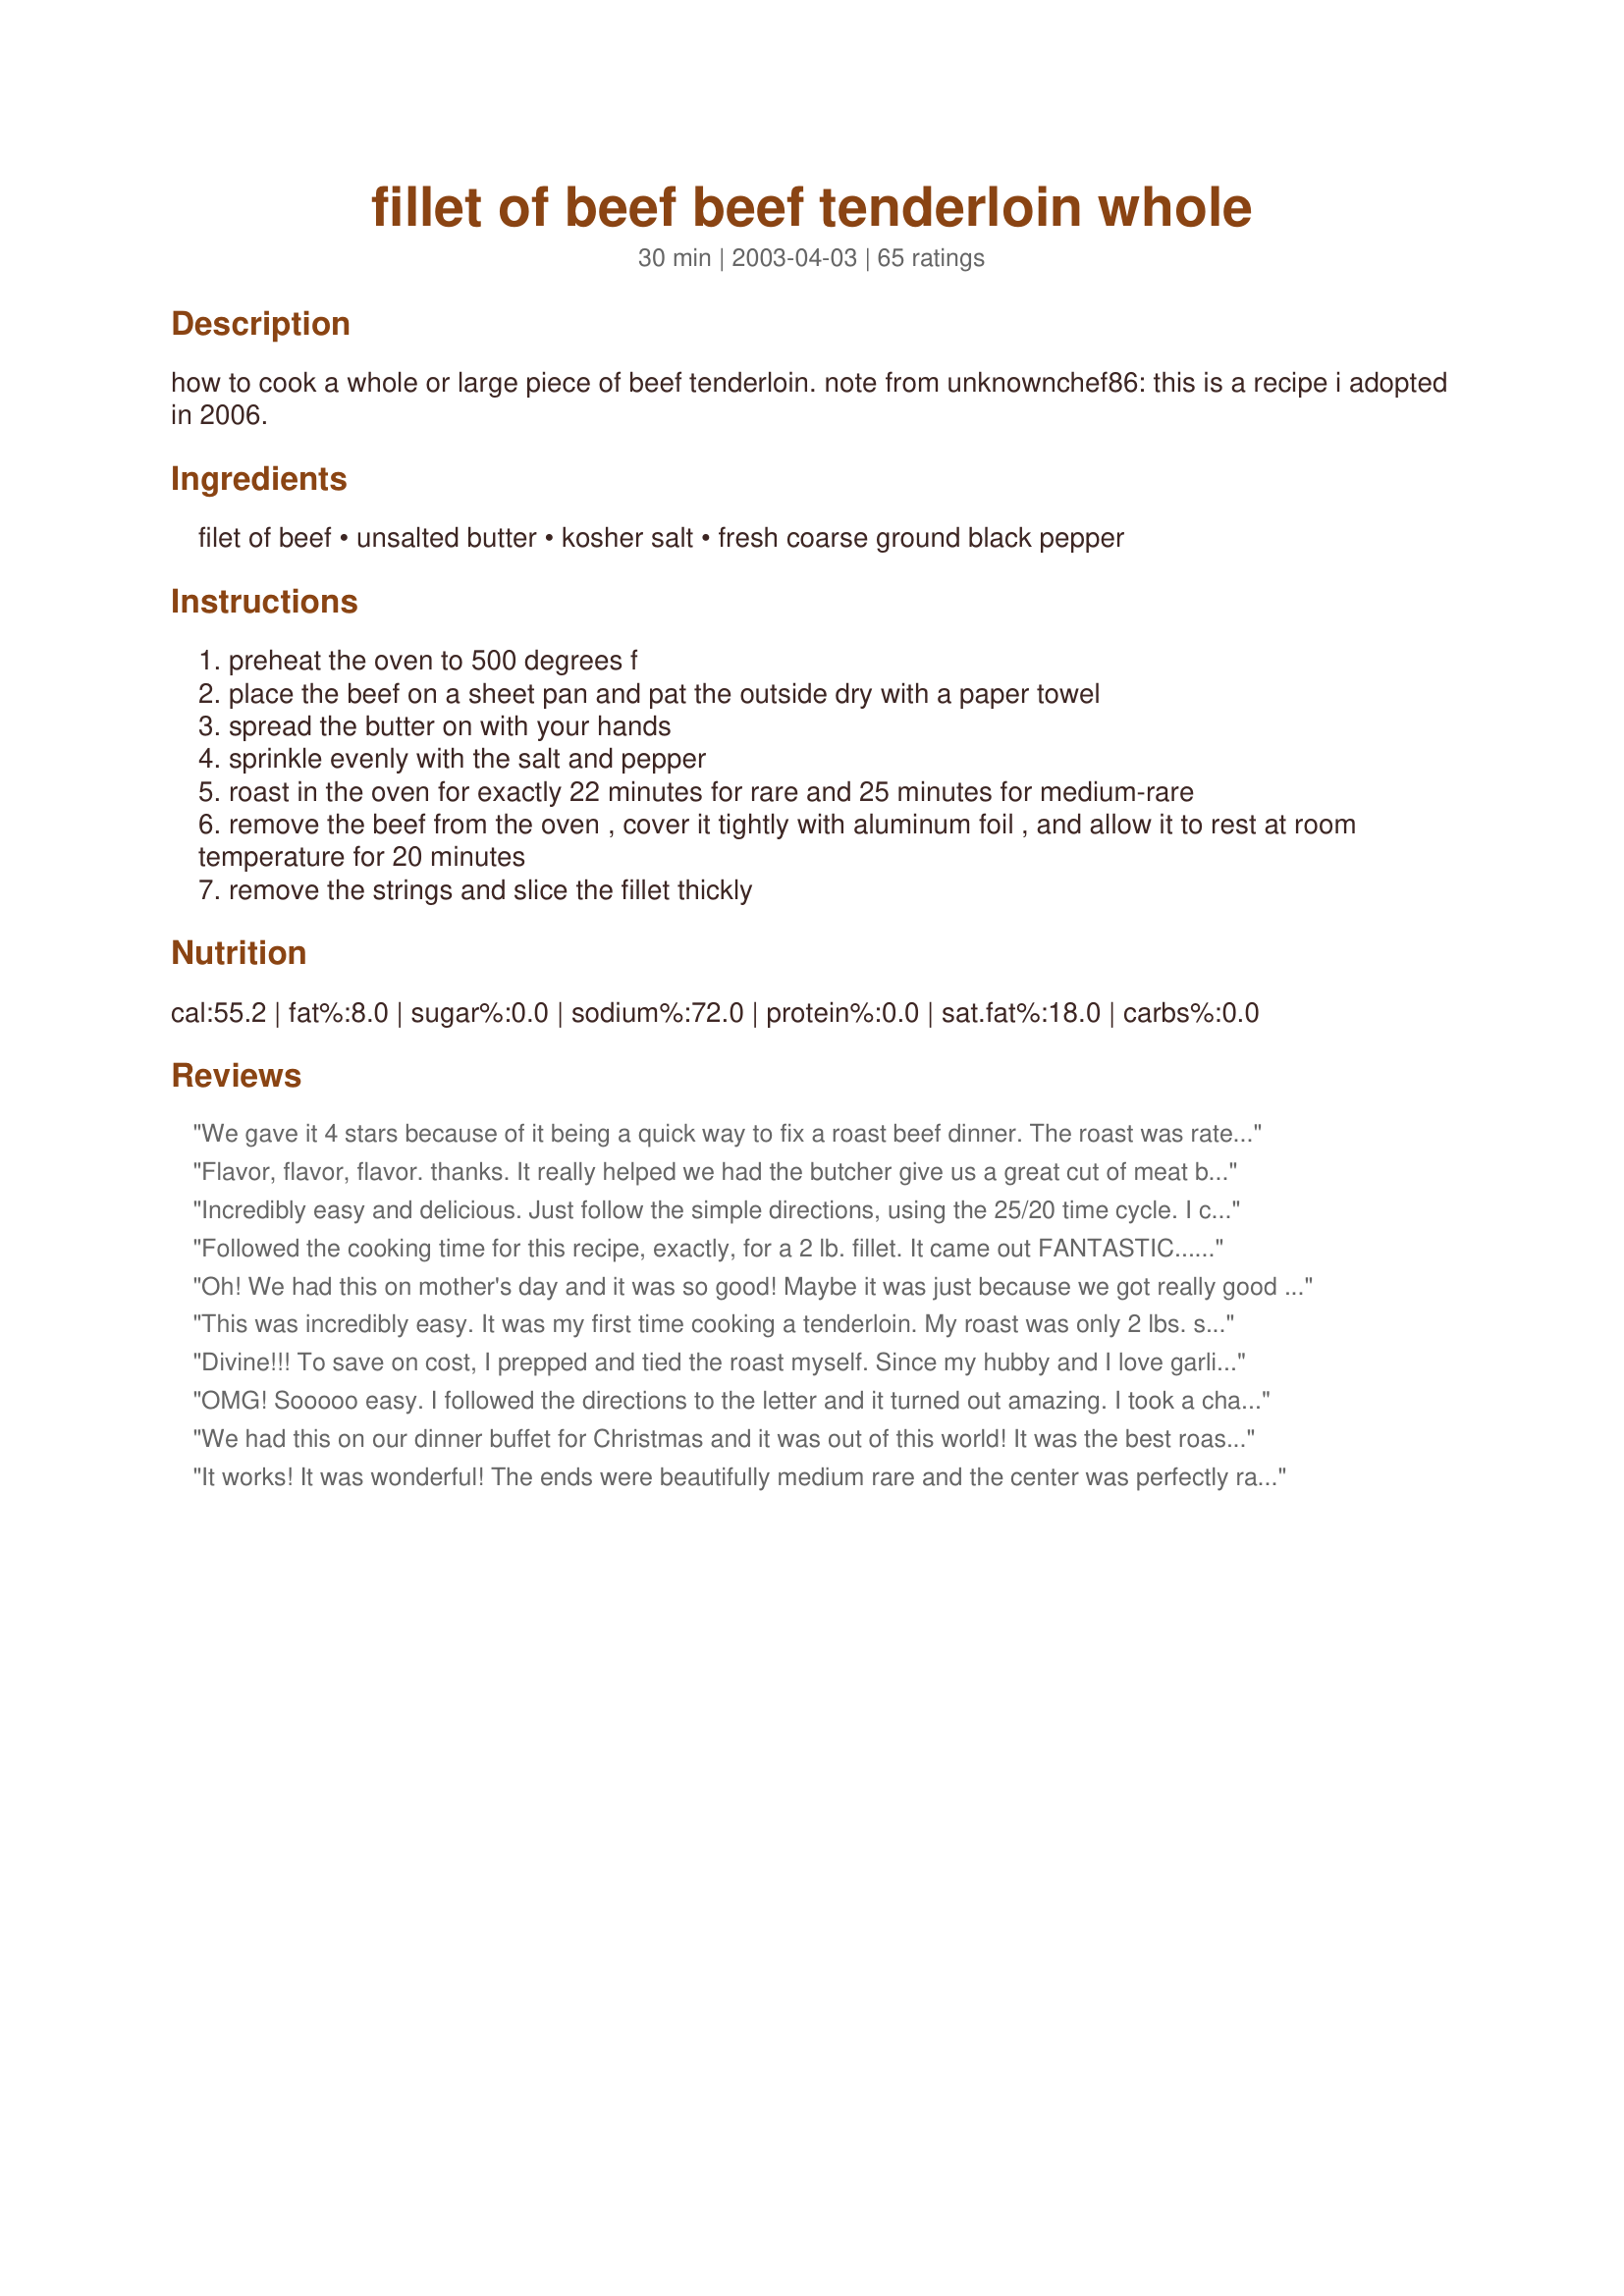
fillet of beef beef tenderloin whole
Preparation time: 30 minutes

how to cook a whole or large piece of beef tenderloin. note from unknownchef86: this is a recipe i adopted in 2006.

Ingredients:
filet of beef, unsalted butter, kosher salt, fresh coarse ground black pepper

Steps:
preheat the oven to 500 degrees f
place the beef on a sheet pan and pat the outside dry with a paper towel
spread the butter on with your hands
sprinkle evenly with the salt and pepper
roast in the oven for exactly 22 minutes for rare and 25 minutes for medium-rare
remove the beef from the oven , cover it tightly with aluminum foil , and allow it to rest at room temperature for 20 minutes
remove the strings and slice the fillet thickly

Reviews:
We gave it 4 stars because of it being a quick way to fix a roast beef dinner. The roast was rated 3 stars for tenderness. Your cooking times listed of 22 minutes did give us a rare roast beef. We feel that slow cooking is still the best way to go, but if you need a speedy roast beef dinner, then this is the right recipe.
Flavor, flavor, flavor. thanks. It really helped we had the butcher give us a great cut of meat but such a simple rub and it really highlighted the meat rather than take from it. We cooked our meat about another 20 minutes longer for medium and our daughter insists on well done meat so once sliced we put her two pieces on the BBQ for a quick rapid grill and it tasted even better.
Thanks Mean Chef.
Incredibly easy and delicious. Just follow the simple directions, using the 25/20 time cycle. I cooked an 8 pounder, and it was perfect. I did, however, use regular, salted butter and added a few cloves of garlic.Note-it is imperitive that the fillet be at room temp. before you put it in the oven, or the time cycle will be off and you'll end up with overly rare meat!! If you don't have faith in what you're doing, take the meat out when it reaches 117 degrees F. Lary Fusco Brandon, Vermont
Followed the cooking time for this recipe, exactly, for a 2 lb. fillet. It came out FANTASTIC........ I also covered it with 2 garlic cloves that I put in the garlic press and combined it with the butter, then spread it all over, topped it off with the fresh ground pepper/salt..OMG.....

Thank you so much Mean Chef for sharing this wonderful recipe, it really added a perfect finish for Christmas day. You're not Mean, your "TERRIFIC."
Oh! We had this on mother's day and it was so good! Maybe it was just because we got really good meat (very tender- perfect) or because the recipe is so good! It is so simple. Simplicity has its way with recipes sometimes...its crazy! Well, thank you for posting-I hope that I get to have this treat again soon!
This was incredibly easy. It was my first time cooking a tenderloin. My roast was only 2 lbs. so I was worried about over cooking it. We all like our meat medium-rare. At 22 min. it temped at only 100 degrees and I thought about cooking for the other 3 min. but then went ahead and wrapped in foil for the other 20 min. While it was resting, I popped my twice baked potatoes and asparagus for roasting in the oven, and finished the blender bernaise sauce. After 20 min. it temped at 120. When I sliced it, it was perfectly med-rare, except for the very center slice was more rare. I figured I could always cook it more if I had too. When it cost that much you hate to ruin it by over cooking. We had a very special dinner, thanks to your easy recipe. I recommend this to anyone with an oven!! Thanks!!!
Divine!!! To save on cost, I prepped and tied the roast myself. Since my hubby and I love garlic, I marinated the beef overnight with some garlic cloves tucked into slits cut along each side. Your instructions are right on, and the house smelled like a steakhouse (it just about drove my dog nuts)! I was so tired of preparing tenderloins that were chewy and tasteless. This took care of it, and will be the ONLY way I prepare beef tenderloin in the future!
OMG! Sooooo easy. I followed the directions to the letter and it turned out amazing. I took a chance and made this for a formal dinner party for 14 and everyone loved it. I ended up giving the recipe to all of them! Thank you for making my party a huge success!!!
We had this on our dinner buffet for Christmas and it was out of this world! It was the best roast beef I have ever had! It was so tender and just melted in your mouth. It had just the perfect amount of pink. Everyone raved! We served it with horseradish sauce. Thanks for a wonderful recipe! It made the buffet something special. Thanks for a great and impressive recipe. :)
It works! It was wonderful! The ends were beautifully medium rare and the center was perfectly rare. I love easy, yet GOOD recipes. This right at the top of my list.
Great recipe. Very Easy. I used a 3 lb tenderloin for 25 minutes. A bit rare for me but everyone else thought it was wonderful.
Also crushed tri-color peppercorns for the pepper. Super.
Thanks for a special recipe and a wonderful dinner, UnknownChef86.
Purdyman
I liberally sprinkled a 7 lb fillet roast with McCormicks Montreal Steak seasoning 24 hours before cooking. 1 left it in wrapped in my refridgerato flipping it after 12 hours. I doused it with olive oil and then roasted it at 425 in a convection oven for 35 min on a very shallow rimmed cookie sheet. I then pulled it out, wrapped it in foil and waited another 40 min for my carrots and potatoes (that went in at the same time) to finish roasting and for late guests to arrive. The roast was perfect, for a crowd, well done at the narrow end (I had two guests that like well done meet) medium and then medium rare as the roast grew thicker. I cut thick slices. This is an easy, impressive, crowd pleaser.
I've made this three times now and it's perfect every time! All I changed was adding &frac12; tsp. ground rosemary.
This turned out perfect! I've never been very good at figuring how to cook tenderloin properly. Followed directions exactly but I too added some crushed garlic. Thanks!
I followed this recipe exact and after the 28 minute cook time along with 20 minutes rest meat this was completely raw! I ended up putting back in the oven and it took about 3 times longer than suggested
We made this for Christmas dinner - I have no idea how anyone gets the tenderloin done. We roasted a four pound tenderloin for 25 minutes at 500 degrees, tightly rapped with foil and rested for 20 minutes. It was raw inside. It took an additional 40 minutes after all that to get the meat to medium rare. It was finally delicious, but what am I missing on this recipe? My oven thermometer confirmed the temp was correct.
Perfection! We cooked our 5lb beef tenderloin for 25 minutes and it came out looking just like Laryofvt's posted photo - - I would say a perfect medium-rare. We also let the roast rest on the counter for about 2 hours to get it to room temperature before cooking, as Laryofvt had suggested. One last note, this did come out a hair on the rare side for some of our guests (not us, we thought it was perfect). However, next year, we're going to do 2 tenderloins and take ours out after the 25 minute mark and take the other one out at the 30 minute mark. This is now my go-to Christmas dinner recipe!
No other word but "perfect" to describe this!! Used a 2 1/2 pound tenderloin but still used the same cooking times. Like most reviewers I added fresh garlic but that was all I did differently. A tenderloin is not a cheap indulgence and this recipe takes all the worry out of spending that extra cash. Thanks!!!!
Delicious! I made this for Christmas Day and it was devine. Thank you for sharing this great and easy recipe!
Perfect! I used sea salt instead of kosher, and added two cloves of garlic (put through the garlic press) to the rub. The rave reviews made me feel like a Christmas Eve Dinner rockstar! Thanks for the great recipe!
I made this today for our Christmas dinner with my party potatoes & brocolli, what a feast!<br/>Never made a whole tenderloin before & followed directions to a T. I was afraid it was going to be too rare for us because I like mine just pink, the ends were well enough done for my husband who likes his meat well done. I almost left it in for another 5 minutes but didn't want to ruin a almost $70 piece of meat. This way the leftovers can be warmed up without being over done. All I can say is perfect, tender & juicy!!! A meal for a King & Queen.
I don't know why I've not rated this earler! We've used this recipe with our own little twist several times. Into the softened butter, we add a few handfuls of crushed garlic, a bit of finely minced rosemary and fine minced thyme. Salt and pepper after trimming and before the butter. Follow cooking directions as written and it's perfect. Thank you for posting this. It's really easy and comes out perfectly every time.
perfect! this is the easiest way to cook a rare tenderloin. i followed the recipe exactly and roasted our 5 pound tenderloin for 25 minutes and let it rest for 20 minutes. it was cooked to perfection...pink and juicy. thank you for the recipe.
Pretty Damm good! Be sure to know how your oven cooks as far as temperature goes; I set my at 510F because I know it is under a few degrees from past use. I am sure you&#039;ll like it!
How much do you purchase per person when buying whole beef tenderloin?
Oh My Goodness that was so good. The only thing different that I did was used Sea Salt instead of kosher Salt. My company and family loved it! Thank You so very much for this recipe, it will be made again : )
This was a very delicious tenderloin. I cooked it exactly as instructed except for adding some garlic to the butter. I did a 2 1/2 lb tenderloin. It was perfectly medium rare, tender and juicy; not to mention, EASY!
Thanks!!
Great Simple recipe. I split the top of the beef & stuffed it with cloved of garlic before I put mine in the oven. I used a three lb beef tenderloin & cooked it 25 minutes & then covered it for the 20 minutes. It came out perfect! We like it medium-rare. In fact, my husband said it was the best tenderloin he ever had. Thanks for sharing this!
Cool - this worked perfectly! We usually cook tenderloins on the grill outside, but a rainy cold night forced me to try this. Not sure I'll ever fire up the grill again for a whole tenderloin! This takes the guesswork out of doneness - it just comes out perfectly cooked and tender and tasty - what more is there to say?
Absolutely lovely and perfect! I roasted the filet for 22 minutes and let it rest for 20. Delicious!
need more seasonig like garlic lawreys adobo lemon pepper
Wow!!! This was the easiest and best way I have ever cooked this. I feed 100 people a day and they just absolutly loved it.
This is the EXACT recipe that the Barefoot Contessa has on her "Parties" website. Be careful, as others have said on her site, if your oven isn't clean it will be very smokey. For those of you trying this in the Northeast, put on an extra fleese as you'll open the window's and crack the doors. Other than than. It's Fab. and enjoy!
A picked up a beef tenderloin at Cosco for $45 for a dinner party I was throwing. I used this recipe, and everyone was SO impressed! The house smelled delicious, the meat was tender and flavorful, and perfectly cooked. I made just a few minor changes. I added 4-5 cloves of fresh chopped garlic to the butter; I tied the tenderloin with butchers twine, to keep the cooking even. It is very simple...just tuck the smaller end under, and after rubbing with the butter mixture, tie a piece of butchers twine down the tenderloin, every inch or inch and a half. It kept the tenderloin nice and compact too. I also cooked my 3# tenderloin at 425 for 20 minutes, and let it rest for 20 minutes. It came out to a perfect medium rare.
I have an 2.5 kilo roast how long should it take to do a medium rare?
I do Not cook red meat well. This recipe was perfect. My entire family was shocked. Followed it exactly and it came out perfect!
I just finished making this, and it is absolutely wonderful. Rare beef done to perfection. Do not be afraid that it won't be cooked. It is the best rare beef I have ever made.
Oh my gosh! Thanks so much Unknown Chef86. This recipe made my Christmas Eve dinner perfect. I knew what I wanted to serve but was really nervous about preparing such an expensive cut of meat. You made it so simple and delicious!! Thanks again.
Well I did this recipe first time for a dinner party and worried the whole time. But it was perfect! Glad I took the chance on my expensive piece of meat and my guests. True success: I had guests email me for the recipe after they got home.
Another super simple, but amazing recipe! I made NO changes!! Perfect medium rare!
It was so simple, yet delicious that it's unbelievable. It came out with perfect medium rare pink color. 
The sliced fillet comes out to be smaller than the normal steak, so portion was also just right for some of us (or kids) who do not want to eat a big chunk of meat.

Though the butter was soft enough, it got hardened as I spread it onto the cold beef. I may semi-melt the butter a bit more next time to allow for quicker & more even buttering.

Terrific dish that I'll cook many more times.
Perfect!!!! I made a 4-5 lb Tenderloin on Christmas Day but used olive oil and Montreal Steak Seasoning as the rub. The timing was just perfect and it was so moist and delicious! I served it with the horseradish sauce in recipe #16397. We all ate until we passed out lol! Super keeper MeanChef!
This ALWAYS comes out perfectly! I always prove the naysayers wrong. Just plan sides accordingly. At 20 min after, everything had better be done, on the table, and everyone seated!
This was absolutely perfect. It was the first time I've ever cooked a whole tenderloin and I couldn't have been happier with the results. The only thing I did different was added some garlic powder. Fantastic. It was cooked perfectly medium rare. Thank you so much for a great way to cook this!
Made a four pound tenderloin and followed all of the directions. It turned out perfect. The thin end was just like my husbaand preferred it and the thick end was more rare like I like it. Will never make a tenderloin any other way from now on. Thanks so much!
My husband and I really enjoyed this! This was actually the first time I've ever cooked a beef tenderloin. I'm not usually real good at cooking beef so this was a nice easy recipe for me and it was delicious!!
I made this today and it was so easy and delicious. I used a 4.5 ounce filet. I followed the directions except for adding 2 cloves of minced garlic to the butter/salt/pepper rub. It was enjoyed by all and I will be making this again soon. Thanks for sharing:)
This sounds wonderful & so simple!
I can't wait to try it! Bonnie
OMG!!! I loved this cooking method. Had company for New Years and wanted to go all out. Bought about 5 lbs. of tenderloin. I did add some granulated garlic w/ sea salt and pepper. I cooked on a cookie sheet on foil. After the cooking time was up I simply tented the foil over the tenderloin therefore saving all the juices for au jus. I cannot tell a lie- I didn't beleive your timing so I cooked 5 min longer. Tenderloin was still wonderfully tender but a little past the med rare I was looking for. Thank you so much for this. I will never cook a tenderloin any other way. Oh- and I will use your correct timing in the future! ;-)
Quick, easy and wonderful. Served it with a mushroom gravy, garlic roasted rice pilaf and broccoli. Family loved it.
Perfect..perfect..perfect!
So delicious, so easy! Made this for our Christmas dinner and it was wonderful. Followed directions as written, turned out better than we even expected. Great for any time of year, but especially for special occasions or guests. The recipe does not disappoint!
An easy recipe that makes a perfect tenderloin. Why go through so much work, when you don't have to? I also did the thing with the garlic, great recommendation.
I used this method to roast two beef tenderloins(about 10 lbs. total- I had 20 for dinner last Sunday!)and roasted them in the same pan. I was a little afraid that they would come out too rare, cooking the two together and all, but they came out PERFECTLY! Gave this method to several of my guests- everyone loved it! Thanks for sharing this awesome method of cooking whole tenderloin!
First, thank you for this AMAZINGLY easy and delicious recipe. I used it to roast a 4-5 pound filet and it was a big hit. Do you recommend a 500 degree oven for an 8 pound tenderloin? If so, please send roasting time and resting time. Thank you!
NEVER COOK BEEF AT 500 degrees!!!!!&lt;br/&gt;&lt;br/&gt;It is unhealthy and dangerous to cook food this high. It causes cancer causing chemicals to be created by the chemical reaction at such a high temperature.
PERFECT! Needed a good recipe for some tenderloin I found at our store for 3.98/lb if you can believe it. Added onion and garlic powder to the butter and rubbed it on. A rule of thumb to get the perfect results with any large piece of roasted meat is to bring it to room temperature before going into the oven. A 1/2 hr to an hr is usually what it takes. Oh, and the "aujus" in the foil after this had sat for 1/2 hr was perfect as well. No other toppings or sauces needed. Served with baked sweet potatoes and roasted asparagus.
Very simple, elegant and delicious. Made for my husband's birthday dinner. I also added fresh garlic to the butter--wonderful!! Thanks so much Mean Chef!!
This is definitely a Barefoot Contessa recipe!!! I used this recipe as the star dish for my Valentine's menu and it was terrific. I bought 2.5 pd filet of beef, lathered it with butter and used plenty of salt and pepper to cover all surfaces. I cooked it exactly to 22 minutes and covered as directed. The filet was expensive, but well worth it. Quick, easy and great tasting. I served it with Mean Chef's Mushroom Gravy, Barefoot Contessa's Garlic Roasted Potatoes and Sharlene W's Spinach, Apple and Pecan Salad. The whole menu, including the beef was awesome!!!!
We had an almost 2 1/2 pound tenderloin. I cooked it for about 25 minutes and then wrapped in foil. We like ours medium. It turned out perfectly. My only concern was that it did seem a tiny tad bit dry. Maybe next time I will not trim the fat first. Also I think 20 minutes in foil is about 5 minutes too long. The meat was not quite as hot as we would have liked it.
This is too easy. I make it about 6 times a year. Has turned out perfect each time I follow the time. Which, yes says there have been times I missed the timing boat and not as wonderful results. TRUST the time. Thanks for posting.
What if I'm cooking two 5-lb tenderloins at the same time...does the timing change?
We love to use this cooking method but we did change the order slightly- I used a prime rib rub first and then gave it a good coating with olive oil spray. After putting the beef in the roasting pan on a rack, I put slices of chilled unsalted butter on top (like stepping stones). I then cooked it exactly to the time and temp in the recipe. After letting it rest wrapped in foil for 45 minutes, I put it in the fridge and chilled it several hours before slicing. Delicious!!
This recipe is AWESOME!

I cooked a 6.5# tenderloin, but first let it sit at room temperature for 1.5 hours, then rubbed with butter, chopped garlic and dill, and topped with sea salt and coarse ground pepper. I roasted in a preheated 500 degree oven for exactly 28 minutes, tented and let set for 20, and sliced. The thin end of the tenderloin was medium for about 4 inches, then med to med rare for the next 80% of the roast, and rare for the thickest portion. Perfect for everyone!

I served it with Lobster Hollandaise, and the rave reviews were wonderful! I will definitely make this every Christmas!
I had a 2.8 pound beef tenderloin. I followed the directions exactly and cooked it for 25 minutes at 500 and then 20 minutes wrapped in the foil. Unfortunately, the interior was not cooked (an my oven usually runs hot). I'm not saying it was rare. It was raw. (The end pieces were ok...rare.) We sliced thick steaks and threw them on the gas grill for a few minutes. It came out very good that way. I guess next time I will try cooking it for 30 minutes instead.
